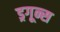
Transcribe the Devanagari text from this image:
ड्रगून्स